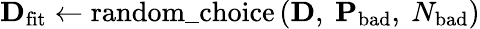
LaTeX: \mathbf{D}_{\mathrm{fit}}\leftarrow\mathrm{random{\_ }choice}\left(\mathbf{D},\ \mathbf{P}_{\mathrm{bad}},\ N_{\mathrm{bad}}\right)